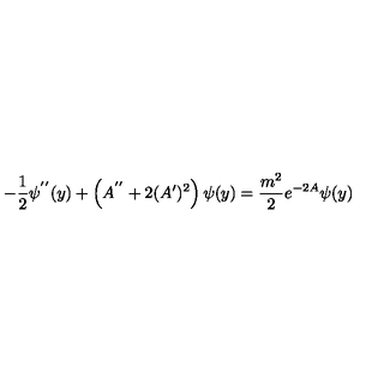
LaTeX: - \frac { 1 } { 2 } \psi ^ { ' ^ { \prime } } ( y ) + \left( A ^ { ' ^ { \prime } } + 2 ( A ^ { \prime } ) ^ { 2 } \right) \psi ( y ) = \frac { m ^ { 2 } } { 2 } e ^ { - 2 A } \psi ( y )